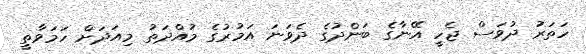
ހަތަރު ދުވަސް ޖެހީ އޭނާގެ ބަންދުގެ ދެވަނަ އަމުރުގެ މުއްދަތު މިއަދަށް ހަމަވާތީ